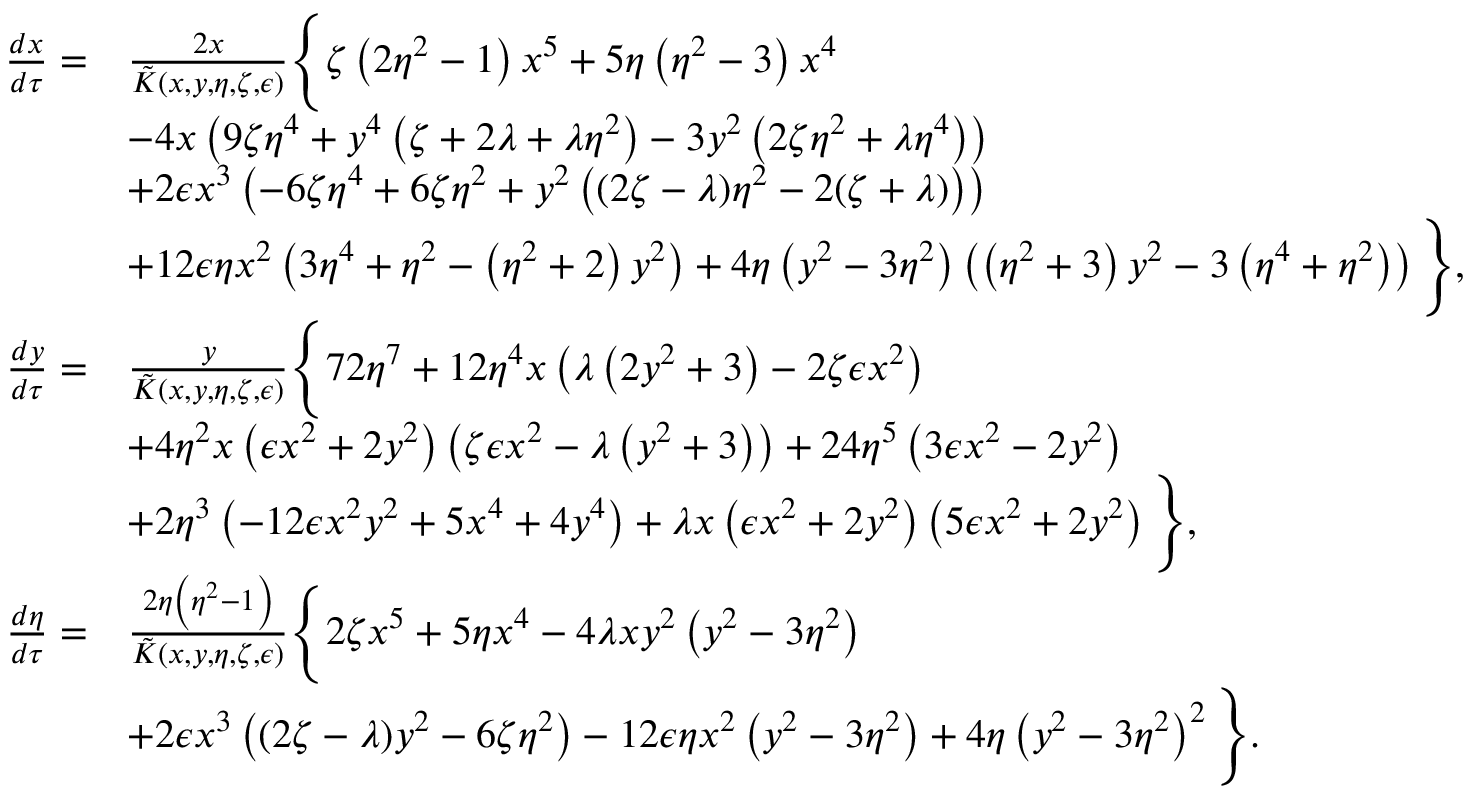
\begin{array} { r l } { \frac { d x } { d \tau } = } & { \frac { 2 x } { \Tilde { K } ( x , y , \eta , \zeta , \epsilon ) } \Bigg \{ \zeta \left( 2 \eta ^ { 2 } - 1 \right) x ^ { 5 } + 5 \eta \left( \eta ^ { 2 } - 3 \right) x ^ { 4 } } \\ & { - 4 x \left( 9 \zeta \eta ^ { 4 } + y ^ { 4 } \left( \zeta + 2 \lambda + \lambda \eta ^ { 2 } \right) - 3 y ^ { 2 } \left( 2 \zeta \eta ^ { 2 } + \lambda \eta ^ { 4 } \right) \right) } \\ & { + 2 \epsilon x ^ { 3 } \left( - 6 \zeta \eta ^ { 4 } + 6 \zeta \eta ^ { 2 } + y ^ { 2 } \left( ( 2 \zeta - \lambda ) \eta ^ { 2 } - 2 ( \zeta + \lambda ) \right) \right) } \\ & { + 1 2 \epsilon \eta x ^ { 2 } \left( 3 \eta ^ { 4 } + \eta ^ { 2 } - \left( \eta ^ { 2 } + 2 \right) y ^ { 2 } \right) + 4 \eta \left( y ^ { 2 } - 3 \eta ^ { 2 } \right) \left( \left( \eta ^ { 2 } + 3 \right) y ^ { 2 } - 3 \left( \eta ^ { 4 } + \eta ^ { 2 } \right) \right) \Bigg \} , } \\ { \frac { d y } { d \tau } = } & { \frac { y } { \Tilde { K } ( x , y , \eta , \zeta , \epsilon ) } \Bigg \{ 7 2 \eta ^ { 7 } + 1 2 \eta ^ { 4 } x \left( \lambda \left( 2 y ^ { 2 } + 3 \right) - 2 \zeta \epsilon x ^ { 2 } \right) } \\ & { + 4 \eta ^ { 2 } x \left( \epsilon x ^ { 2 } + 2 y ^ { 2 } \right) \left( \zeta \epsilon x ^ { 2 } - \lambda \left( y ^ { 2 } + 3 \right) \right) + 2 4 \eta ^ { 5 } \left( 3 \epsilon x ^ { 2 } - 2 y ^ { 2 } \right) } \\ & { + 2 \eta ^ { 3 } \left( - 1 2 \epsilon x ^ { 2 } y ^ { 2 } + 5 x ^ { 4 } + 4 y ^ { 4 } \right) + \lambda x \left( \epsilon x ^ { 2 } + 2 y ^ { 2 } \right) \left( 5 \epsilon x ^ { 2 } + 2 y ^ { 2 } \right) \Bigg \} , } \\ { \frac { d \eta } { d \tau } = } & { \frac { 2 \eta \left( \eta ^ { 2 } - 1 \right) } { \Tilde { K } ( x , y , \eta , \zeta , \epsilon ) } \Bigg \{ 2 \zeta x ^ { 5 } + 5 \eta x ^ { 4 } - 4 \lambda x y ^ { 2 } \left( y ^ { 2 } - 3 \eta ^ { 2 } \right) } \\ & { + 2 \epsilon x ^ { 3 } \left( ( 2 \zeta - \lambda ) y ^ { 2 } - 6 \zeta \eta ^ { 2 } \right) - 1 2 \epsilon \eta x ^ { 2 } \left( y ^ { 2 } - 3 \eta ^ { 2 } \right) + 4 \eta \left( y ^ { 2 } - 3 \eta ^ { 2 } \right) ^ { 2 } \Bigg \} . } \end{array}